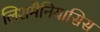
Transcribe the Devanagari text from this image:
लिशमैनियासिस